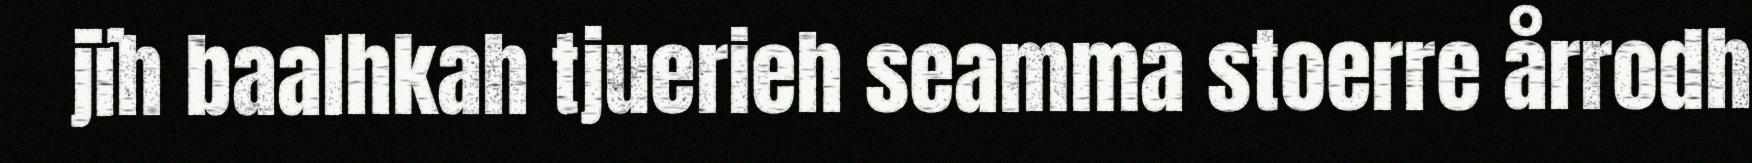
jïh baalhkah tjuerieh seamma stoerre årrodh